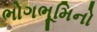
ભોગભૂમિનો